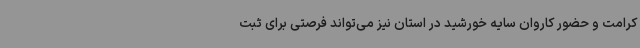
کرامت و حضور کاروان سایه خورشید در استان نیز می‌تواند فرصتی برای ثبت